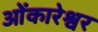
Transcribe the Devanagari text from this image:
ओेंकारेश्वर